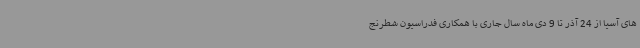
های آسیا از 24 آذر تا 9 دی ماه سال جاری با همکاری فدراسیون شطرنج